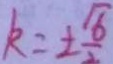
k = \pm \frac { \sqrt { 6 } } { 2 }